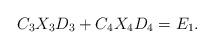
LaTeX: \begin{align*}\begin{aligned}C_{3}X_{3}D_{3}+C_{4}X_{4}D_{4}=E_{1}.\end{aligned}\end{align*}